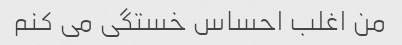
من اغلب احساس خستگی می کنم